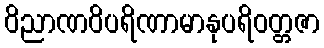
ဝိညာဏဝိပရိဏာမာနုပရိဝတ္တဇာ